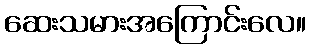
ဆေးသမားအကြောင်းလေ။